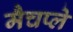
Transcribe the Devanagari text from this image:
मैचप्ले